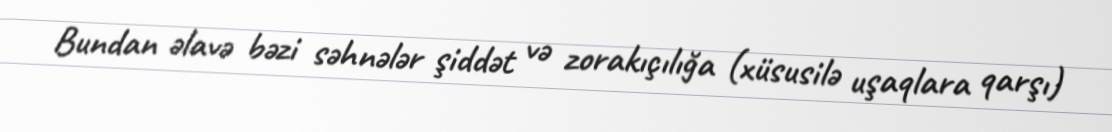
Bundan əlavə bəzi səhnələr şiddət və zorakıçılığa (xüsusilə uşaqlara qarşı)